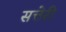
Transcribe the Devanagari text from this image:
सत्तेरी